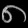
Digit: ၈